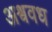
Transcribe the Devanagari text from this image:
अश्ववध